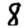
Digit: 8